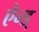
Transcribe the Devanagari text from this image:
ऐन्ड्